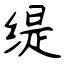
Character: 缇